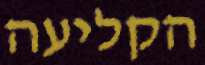
הקליעה